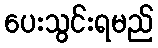
ပေးသွင်းရမည်